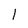
Character: 1